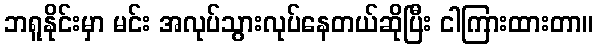
ဘရူနိုင်းမှာ မင်း အလုပ်သွားလုပ်နေတယ်ဆိုပြီး ငါကြားထားတာ။